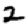
Digit: 2